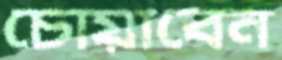
চোয়াবেন